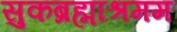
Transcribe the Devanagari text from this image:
सुकब्रह्माश्रमम